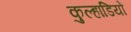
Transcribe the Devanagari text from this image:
कुल्हाडियों